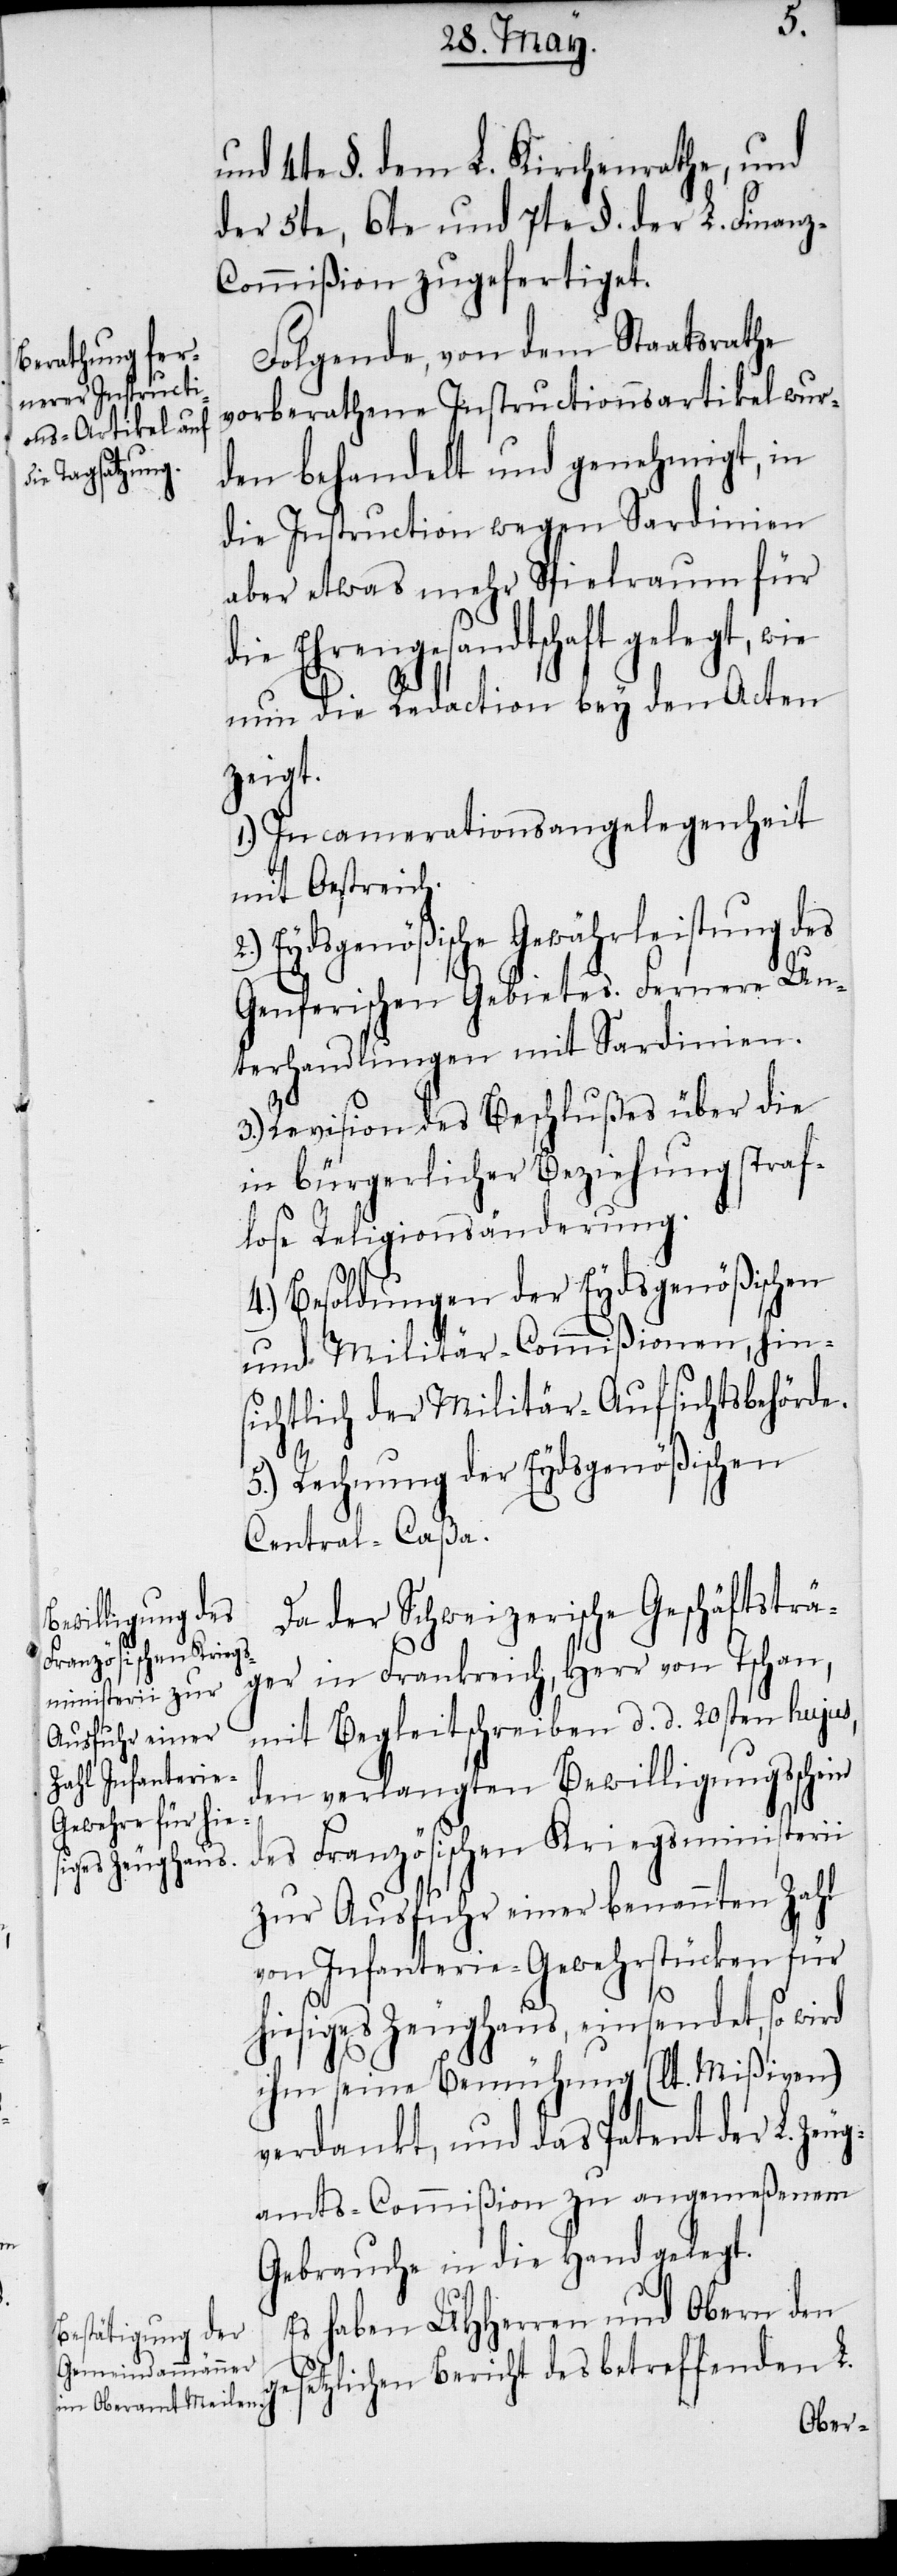
und 4te §. dem L. Kirchenrathe, und
der 5te, 6te und 7te §. der L. Finan¬
z-Commißion zugefertiget.
Folgende, von dem Staatsrathe
vorberathene Instructionsartikel wur¬
den behandelt und genehmigt, in
die Instruction wegen Sardinien
aber etwas mehr Spielraum für
die Ehrengesandtschaft gelegt, wie
nun die Redaction bey den Acten
zeigt.
1.) Incamerationsangelegenheit
mit Oestreich.
Eydsgenößische Gewährleistung des
Genferischen Gebietes. Fernere Un¬
terhandlungen mit Sardinien.
3.) Revision des Beschlußes über die
in bürgerlicher Beziehung straf¬
lose Religionsänderung.
4.) Besoldungen der Eydsgenößischen
und Militär-Commißionen, hin¬
sichtlich der Militär-Aufsichtsbehörde.
5.) Rechnung der Eydsgenößischen
Central-Caßa.
Da der Schweizerische Geschäftsträ¬
ger in Frankreich, Herr von Tschan,
mit Begleitschreiben d. d. 20sten hujus,
den verlangten Bewilligungsschein
des Französischen Kriegsministerii
zur Ausfuhr einer benannten Zahl
von Infanterie-Gewehrstücken für
hiesiges Zeughaus, einsendet, so wird
ihm seine Bemühung (lt. Mißiven)
verdankt, und das Patent der L. Zeu¬
gamts-Commißion zu angemeßenem
Gebrauche in die Hand gelegt.
Es haben UHHerren und Obern den
gesetzlichen Bericht des betreffenden L.